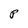
Character: P